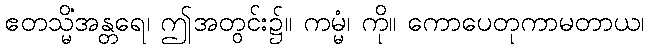
ဧတသ္မိံအန္တရေ၊ ဤအတွင်း၌။ ကမ္မံ၊ ကို။ ကောပေတုကာမတာယ၊